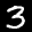
Label: 3